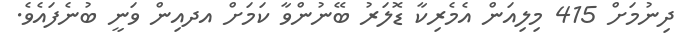
ދިނުމަށް 415 މިލިއަން އެމެރިކާ ޑޮލަރު ބޭނުންވާ ކަމަށް އދއިން ވަނީ ބުނެފައެވެ.